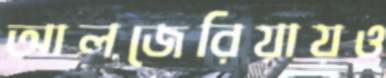
আলজেরিয়ায়ও